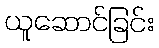
ယူဆောင်ခြင်း